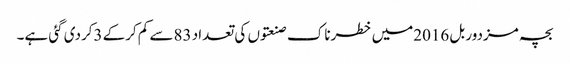
بچہ مزدور بل 2016میں خطرناک صنعتوں کی تعداد 83سے کم کرکے 3کردی گئی ہے۔